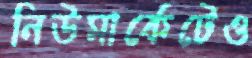
নিউমার্কেটেও